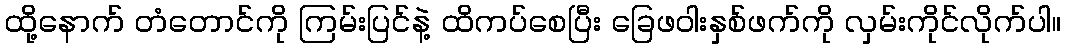
ထို့နောက် တံတောင်ကို ကြမ်းပြင်နဲ့ ထိကပ်စေပြီး ခြေဖဝါးနှစ်ဖက်ကို လှမ်းကိုင်လိုက်ပါ။